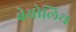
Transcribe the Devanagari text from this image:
बेथोलिथ